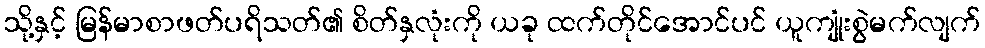
သို့နှင့် မြန်မာစာဖတ်ပရိသတ်၏ စိတ်နှလုံးကို ယခု ထက်တိုင်အောင်ပင် ယူကျုံးစွဲမက်လျက်